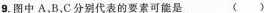
9.图中A，B，C分别代表的要素可能是 （）